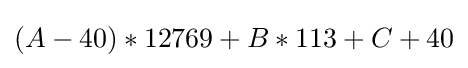
(A-40)*12769+B*113+C+40